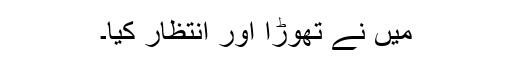
میں نے تھوڑا اور انتظار کیا۔